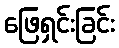
ဖြေရှင်းခြင်း